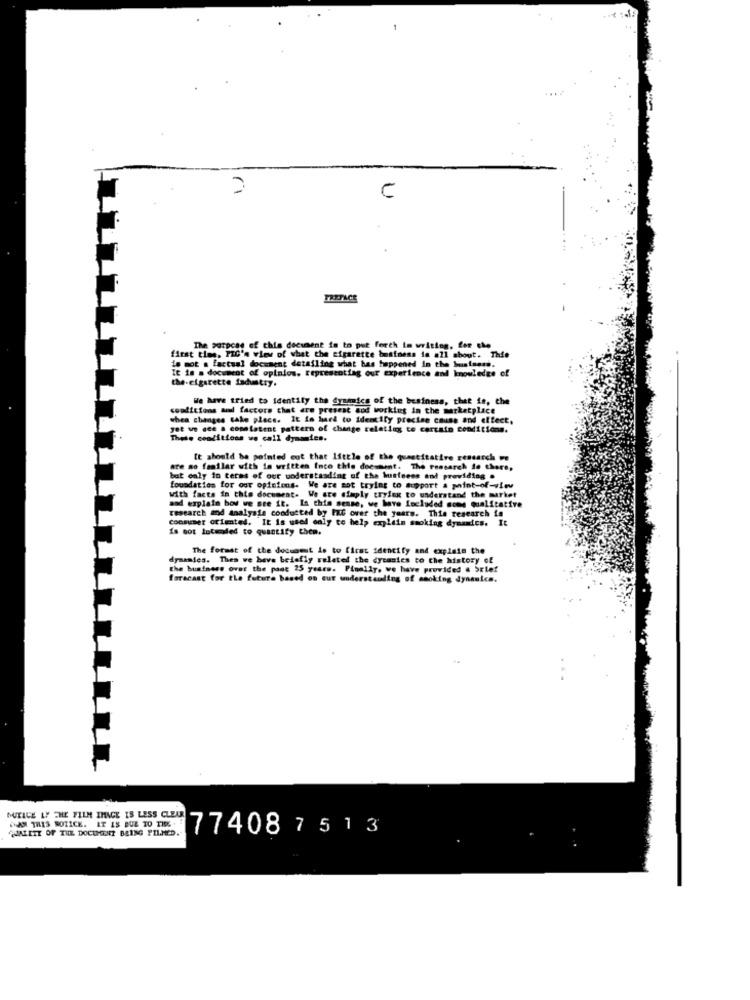
1
2
FRETACE
The purpose of this document is to put forth In writing, for che
first time. PIC's view of what the cigarette business in all about. Thie
in mot a factual document detailing what has happened in the business.
It is a document of opinios, representing our experience and knowledge of
the-cigarette isdustty.
We have tried to identify the grumics of the business, that is, the
conditions and factors that are present aod working in the marketplace
when changes take place. It is hard to identify precise cause and effect,
yet we see a comelatent pattern of change relating to certain conditions.
These conditions we call dynamics.
It should be pointed out that little of the quantitative research we
are so faatlar with is written Inco this doesment. The research de there,
but only in terms of our understanding of the business and providing .
foundation for our opinions. We are mot trying to support a point-of-view
mod explain how we see it. In this sense, we have Included some qualitative
with facts in this document. We are simply trying to underst
research and Analysis conducted by Et over the years. This research is
consumer oriented. It is used only to help explain smoking dynamics. It
is not Intended to quantify Chen.
The format of the document is to first identify and explain the
dynamics. Thes we have belofly related the dycanies to the history of
the business over the pang 25 years. Finally, we have provided & brief
forecast for the future based on cut understanding of smoking dynamics.
MUITACE LY THE FILM IMAGE IS LESS CLEAR
CAM THIS NOTICE. IT IS DUE TO THE .
QUALITY OF THE DOCUMENT BEING PILMED.
77408 7513